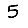
Digit: 5